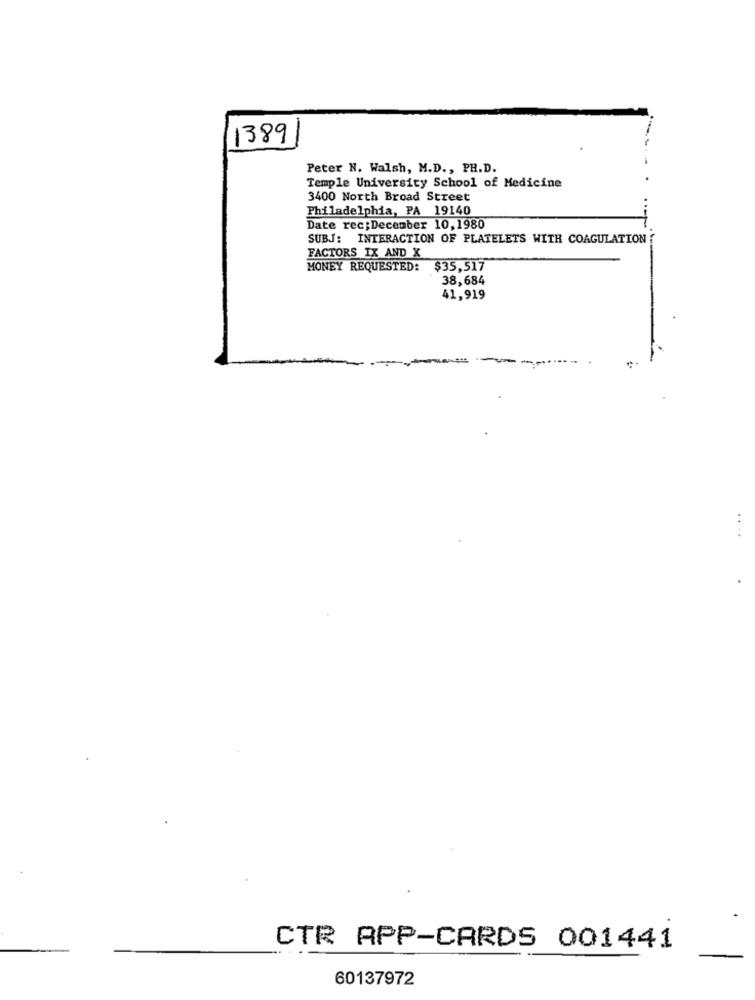
-
1389
Peter N. Walsh, M.D ., PH.D.
Temple University School of Medicine
3400 North Broad Street
Philadelphia, PA 19140
Date rec;December 10,1980
SUBJ: INTERACTION OF PLATELETS WITH COAGULATION
FACTORS IX AND X
MONEY REQUESTED:
$35,517
38,684
41,919
CTR APP-CARDS 001441
60137972